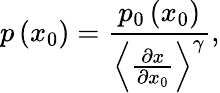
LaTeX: p\left(x_{0}\right)=\frac{p_{0}\left(x_{0}\right)}{\left\langle\frac{\partial x}{\partial x_{0}}\right\rangle^{\gamma}},